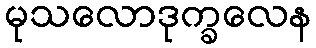
မုသလောဒုက္ခလေန